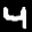
Label: 4